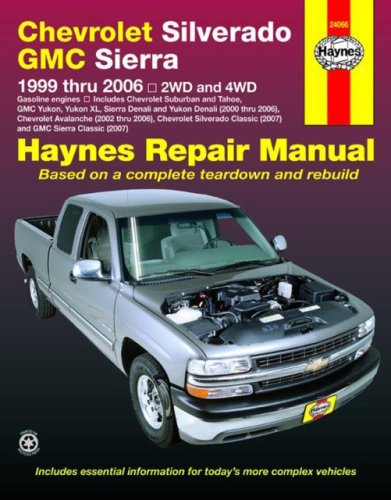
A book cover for Haynes Chevrolet Silverado GMC Sierra: 1999 Thru 2006/2WD-4WD (Haynes Repair Manual); Engineering & Transportation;